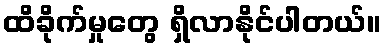
ထိခိုက်မှုတွေ ရှိလာနိုင်ပါတယ်။